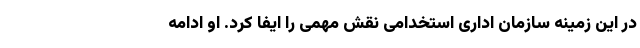
در این زمینه سازمان اداری استخدامی نقش مهمی را ایفا کرد. او ادامه